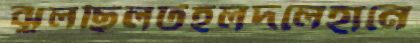
ঝুলছিলটহলদলেহানে